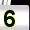
Digit: 5